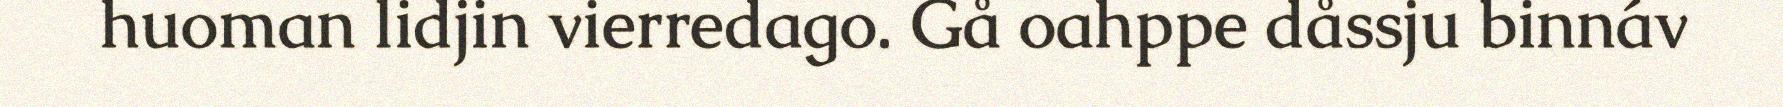
huoman lidjin vierredago. Gå oahppe dåssju binnáv